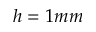
h = 1 m m